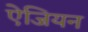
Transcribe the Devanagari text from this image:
ऐजियन